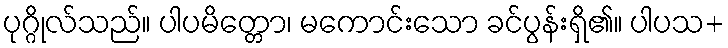
ပုဂ္ဂိုလ်သည်။ ပါပမိတ္တော၊ မကောင်းသော ခင်ပွန်းရှိ၏။ ပါပသ+